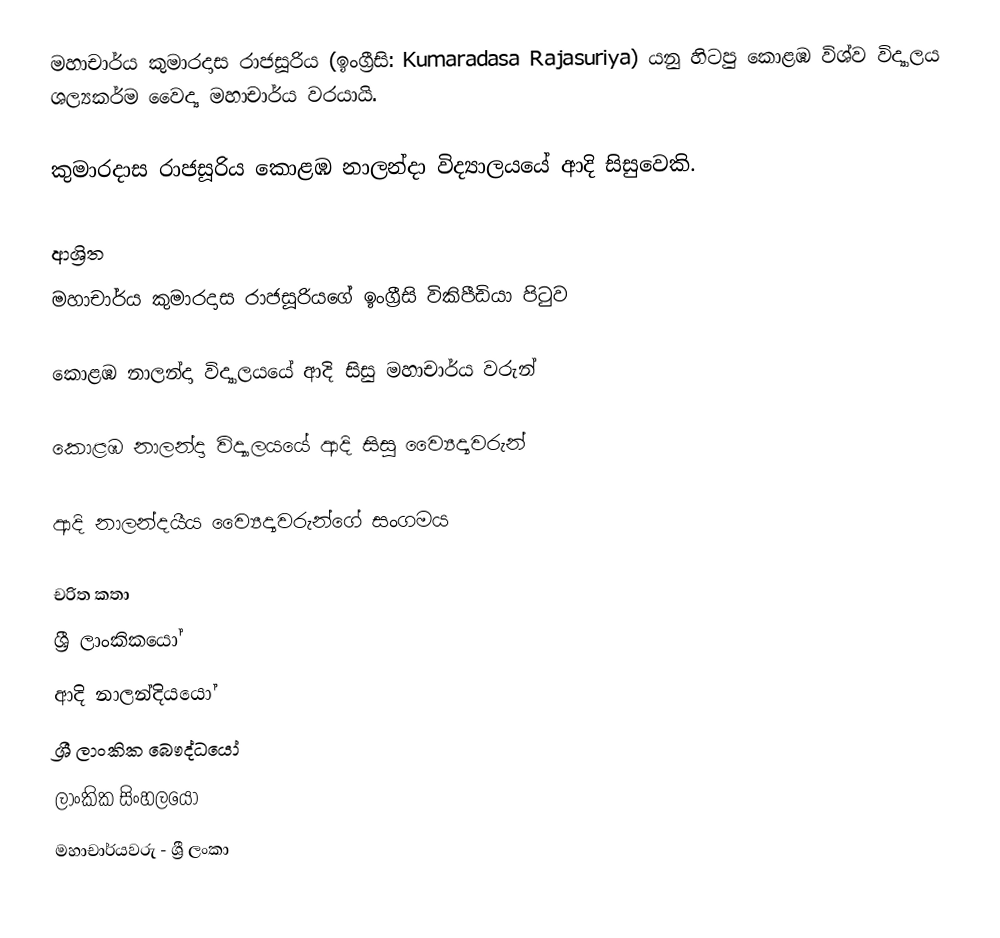
මහාචාර්ය කුමාරදාස රාජසූරිය (ඉංග්‍රීසි: Kumaradasa Rajasuriya) යනු  හිටපු කොළඹ විශ්ව විද්‍යාලය ශල්‍යකර්ම වෛද්‍ය මහාචාර්ය වරයායි.

කුමාරදාස රාජසූරිය  කොළඹ නාලන්දා විද්‍යාලයයේ ආදි සිසුවෙකි.

ආශ්‍රිත
  මහාචාර්ය කුමාරදාස රාජසූරියගේ ඉංග්‍රීසි විකිපීඩියා පිටුව

 කොළඹ නාලන්දා විද්‍යාලයයේ ආදි සිසු මහාචාර්ය වරුන්

 කොළඹ නාලන්දා විද්‍යාලයයේ ආදි සිසු ව්‍යෛද්‍යවරුන්

 ආදි නාලන්දයීය ව්‍යෛද්‍යවරුන්ගේ සංගමය

චරිත කතා
ශ්‍රී ලාංකිකයෝ
ආදි නාලන්දියයෝ
ශ්‍රී ලාංකික බෞද්ධයෝ
ලාංකික සිංහලයෝ
මහාචාර්යවරු - ශ්‍රී ලංකා